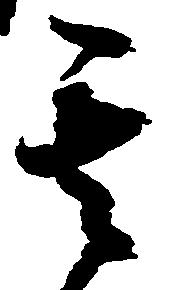
其